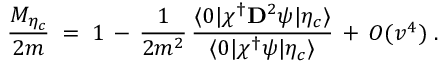
{ \frac { M _ { \eta _ { c } } } { 2 m } } \; = \; 1 \, - \, { \frac { 1 } { 2 m ^ { 2 } } } \, { \frac { \langle 0 | \chi ^ { \dagger } { \bf D } ^ { 2 } \psi | \eta _ { c } \rangle } { \langle 0 | \chi ^ { \dagger } \psi | \eta _ { c } \rangle } } \, + \, O ( v ^ { 4 } ) \; .